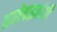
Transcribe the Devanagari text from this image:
नातेवाइकांशी